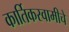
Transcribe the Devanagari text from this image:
कार्तिकस्वामीचे